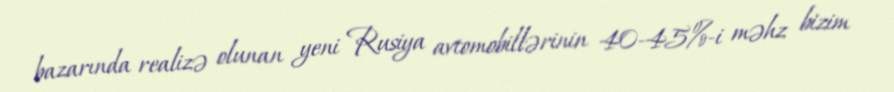
bazarında realizə olunan yeni Rusiya avtomobillərinin 40-45%-i məhz bizim